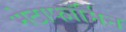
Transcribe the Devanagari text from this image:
मेटाफॉर्मिन